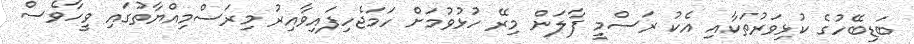
ބަޑިބޭހުގެ ކުޅިވަރުތަކާއި އެކު ރަސްމީ ފާލަން މިރޭ ހުޅުވުމަށް ހަމަޖެހިފައިވާއިރު މިރަސްމިއްޔާތުގައި ވީހާވެސް